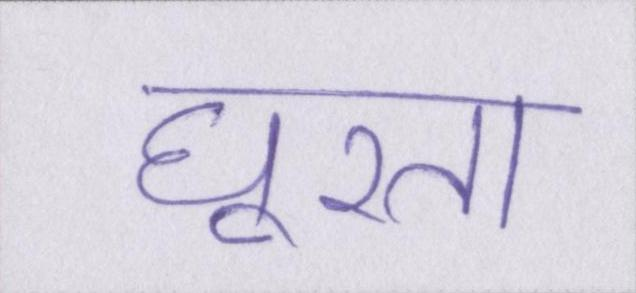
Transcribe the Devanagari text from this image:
घूरता